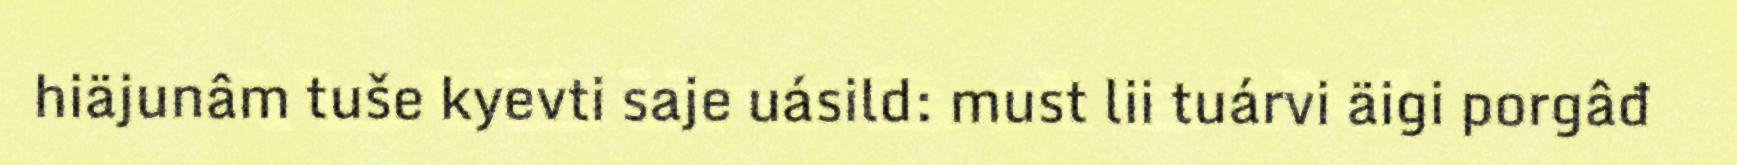
hiäjunâm tuše kyevti saje uásild: must lii tuárvi äigi porgâđ